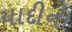
યાદીના